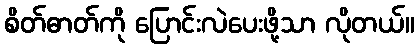
စိတ်ဓာတ်ကို ပြောင်းလဲပေးဖို့သာ လိုတယ်။